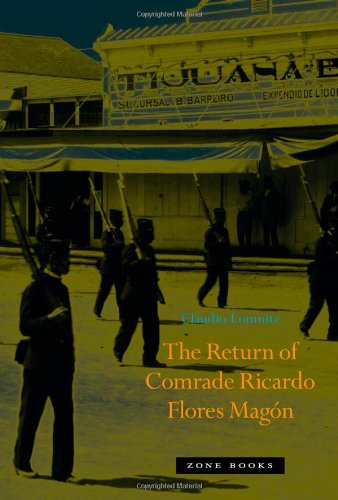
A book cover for The Return of Comrade Ricardo Flores MagÃ³n; Claudio Lomnitz; Biographies & Memoirs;